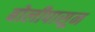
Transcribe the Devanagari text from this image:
बोलीपासून